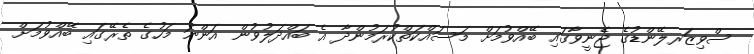
ސްވިޒަރލޭންޑުގެ ޖެނީވާގައި ބޭއްވުމަށް މަސައްކަތްކުރަމުންދާ އެ ބައްދަލުވުން އަންނަ މަހުގެ ތެރޭގައި ބޭއްވުމަށް